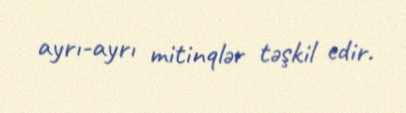
ayrı-ayrı mitinqlər təşkil edir.